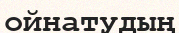
ойнатудың